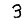
Digit: 3